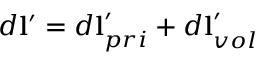
d \mathbf { l } ^ { \prime } = d \mathbf { l } _ { p r i } ^ { \prime } + d \mathbf { l } _ { v o l } ^ { \prime }